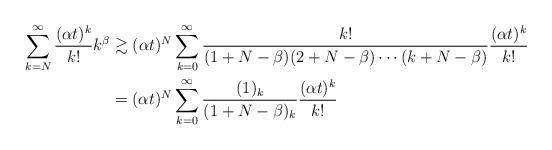
LaTeX: \begin{align*}\sum_{k=N}^\infty\frac{(\alpha t)^k}{k!}k^\beta&\gtrsim(\alpha t)^N\sum_{k=0}^\infty\frac{k!}{(1+N-\beta)(2+N-\beta)\cdots(k+N-\beta)}\frac{(\alpha t)^k}{k!}\\&=(\alpha t)^N\sum_{k=0}^\infty\frac{(1)_k}{(1+N-\beta)_k}\frac{(\alpha t)^k}{k!}\end{align*}